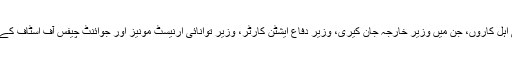
ایک طویل مدت سے منتخب ہونے والے قانون ساز نے، اوباما انتظامیہ کے اعلیٰ اہل کاروں، جِن میں وزیر خارجہ جان کیری، وزیر دفاع ایشٹن کارٹر، وزیر توانائی ارنیسٹ مونیز اور جوائنٹ چیفس آف اسٹاف کے سربراہ جنرل مارٹن ڈیمپسی سے سمجھوتے کے بارے میں سخت سوالات کیے۔